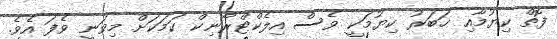
ފޮތް ކިޔުމާއި ޚަބަރު ކިޔުމަކީ ވެސް އިލެކްޓްރޯނިކް ކަމަކަށް މިވަނީ ވެފަ އެވެ.